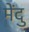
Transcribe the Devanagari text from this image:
मेंदु